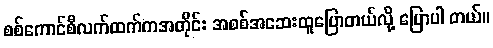
စစ်ကောင်စီလက်ထက်ကအတိုင်း အစစ်အဆေးထူပြောတယ်လို့ ပြောပါ တယ်။